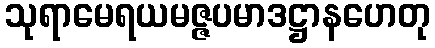
သုရာမေရယမဇ္ဇပမာဒဋ္ဌာနဟေတု